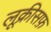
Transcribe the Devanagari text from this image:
लूक्रीसफ़